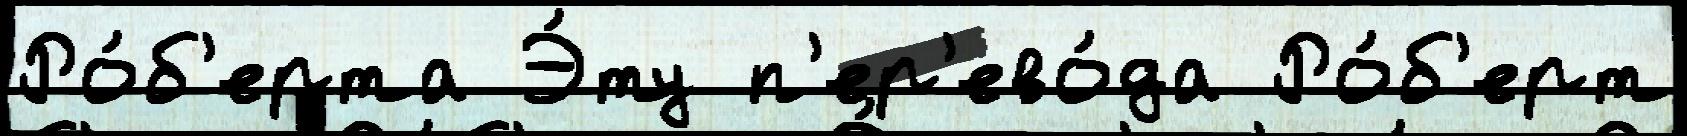
Ро́б'ерта Э́ту п'ер'ево́да Ро́б'ерт